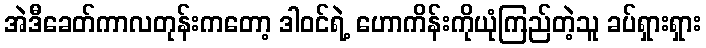
အဲဒီခေတ်ကာလတုန်းကတော့ ဒါဝင်ရဲ့ ဟောကိန်းကိုယုံကြည်တဲ့သူ ခပ်ရှားရှား